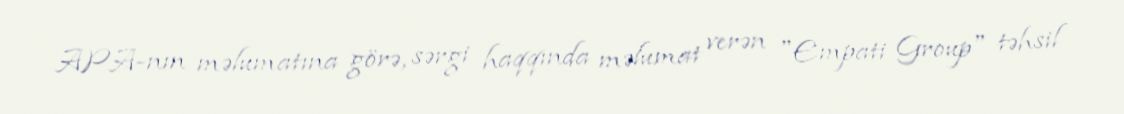
APA-nın məlumatına görə, sərgi haqqında məlumat verən "Empati Group" təhsil